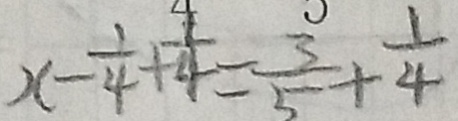
x - \frac { 1 } { 4 } + \frac { 1 } { 4 } = \frac { 3 } { 5 } + \frac { 1 } { 4 }